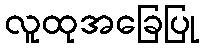
လူထုအခြေပြု